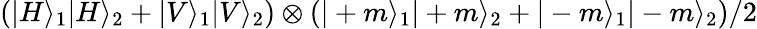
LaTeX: \left(|H\rangle_{1}|H\rangle_{2}+|V\rangle_{1}|V\rangle_{2}\right)\otimes\left(|+m\rangle_{1}|+m\rangle_{2}+|-m\rangle_{1}|-m\rangle_{2}\right)/2